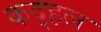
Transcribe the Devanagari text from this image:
कद्हल